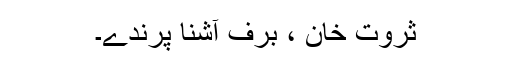
ثروت خان ، برف آشنا پرندے۔